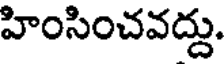
హింసించవద్దు.